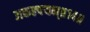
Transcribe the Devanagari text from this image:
अकल्पयन्॥१४॥